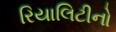
રિયાલિટીનો